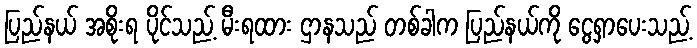
ပြည်နယ် အစိုးရ ပိုင်သည့် မီးရထား ဌာနသည် တစ်ခါက ပြည်နယ်ကို ငွေရှာပေးသည့်